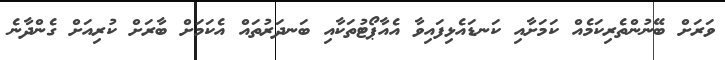
ވަރަށް ބޭނުންތެރިކަމެއް ކަމަށާއި ކަނޑައެޅިފައިވާ އެއާޕޯޓުތަކާއި ބަނދަރުތައް އެކަމަށް ބާރަށް ކުރިއަށް ގެންދާނެ